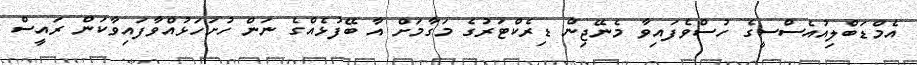
އެމްޑަބްލިއުއެސްސީގެ ހުސްވެފައިވާ މެނޭޖިން ޑިރެކްޓަރުގެ މަގާމަށް އާ ބޭފުޅެއްގެ ނަން ހުށަހަޅުއްވާފައިވާކަން ރައީސް